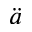
\ddot { a }